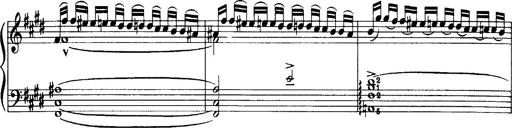
Title: OuvertÃ¼re zu TannhÃ¤user
Composer: Franz Liszt